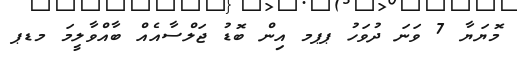
މޮޔަޔާ 7 ވަަނަ ދުވަހު ޕޕމ އިން ބޮޑު ޖަލްސާއެއް ބާއްވާލީމަ މޑޕ